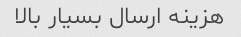
هزینه ارسال بسیار بالا